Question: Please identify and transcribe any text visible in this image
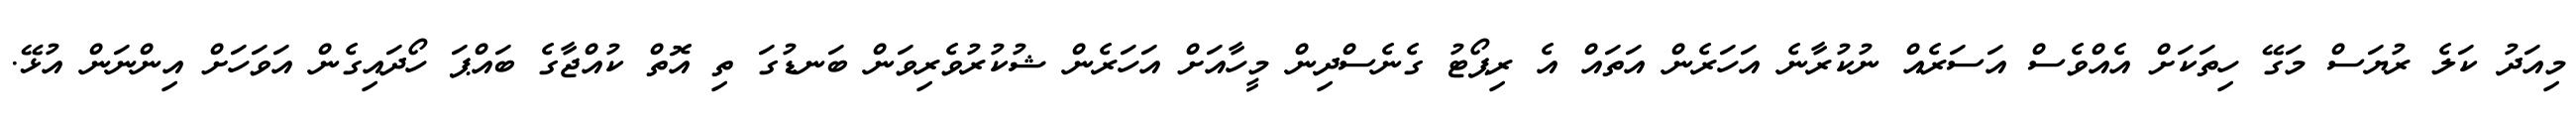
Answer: މިއަދު ކަލެ ރުޔަސް މަގޭ ހިތަކަށް އެއްވެސް އަސަރެއް ނުކުރާނެ އަހަރެން އަތައް އެ ރިޕޯޓު ގެނެސްދިން މީހާއަށް އަހަރެން ޝުކުރުވެރިވަން ބަނޑުގަ ތި އޮތް ކުއްޖާގެ ބައްޕަ ހޯދައިގެން އަވަހަށް އިންނަން އުޅޭ.